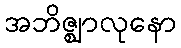
အဘိဇ္ဈာလုနော